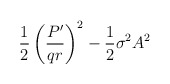
\begin{align*}\frac{1}{2}\left(\frac{P'}{q r}\right)^2 - \frac{1}{2}\sigma^2 A^2\end{align*}